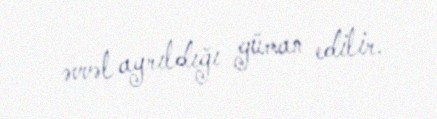
əvvəl ayrıldığı güman edilir.